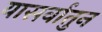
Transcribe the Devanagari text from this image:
यासर्वातुन